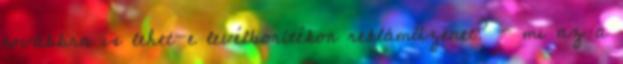
továbbra is lehet-e levélborítékon reklámüzenet? - mi az a